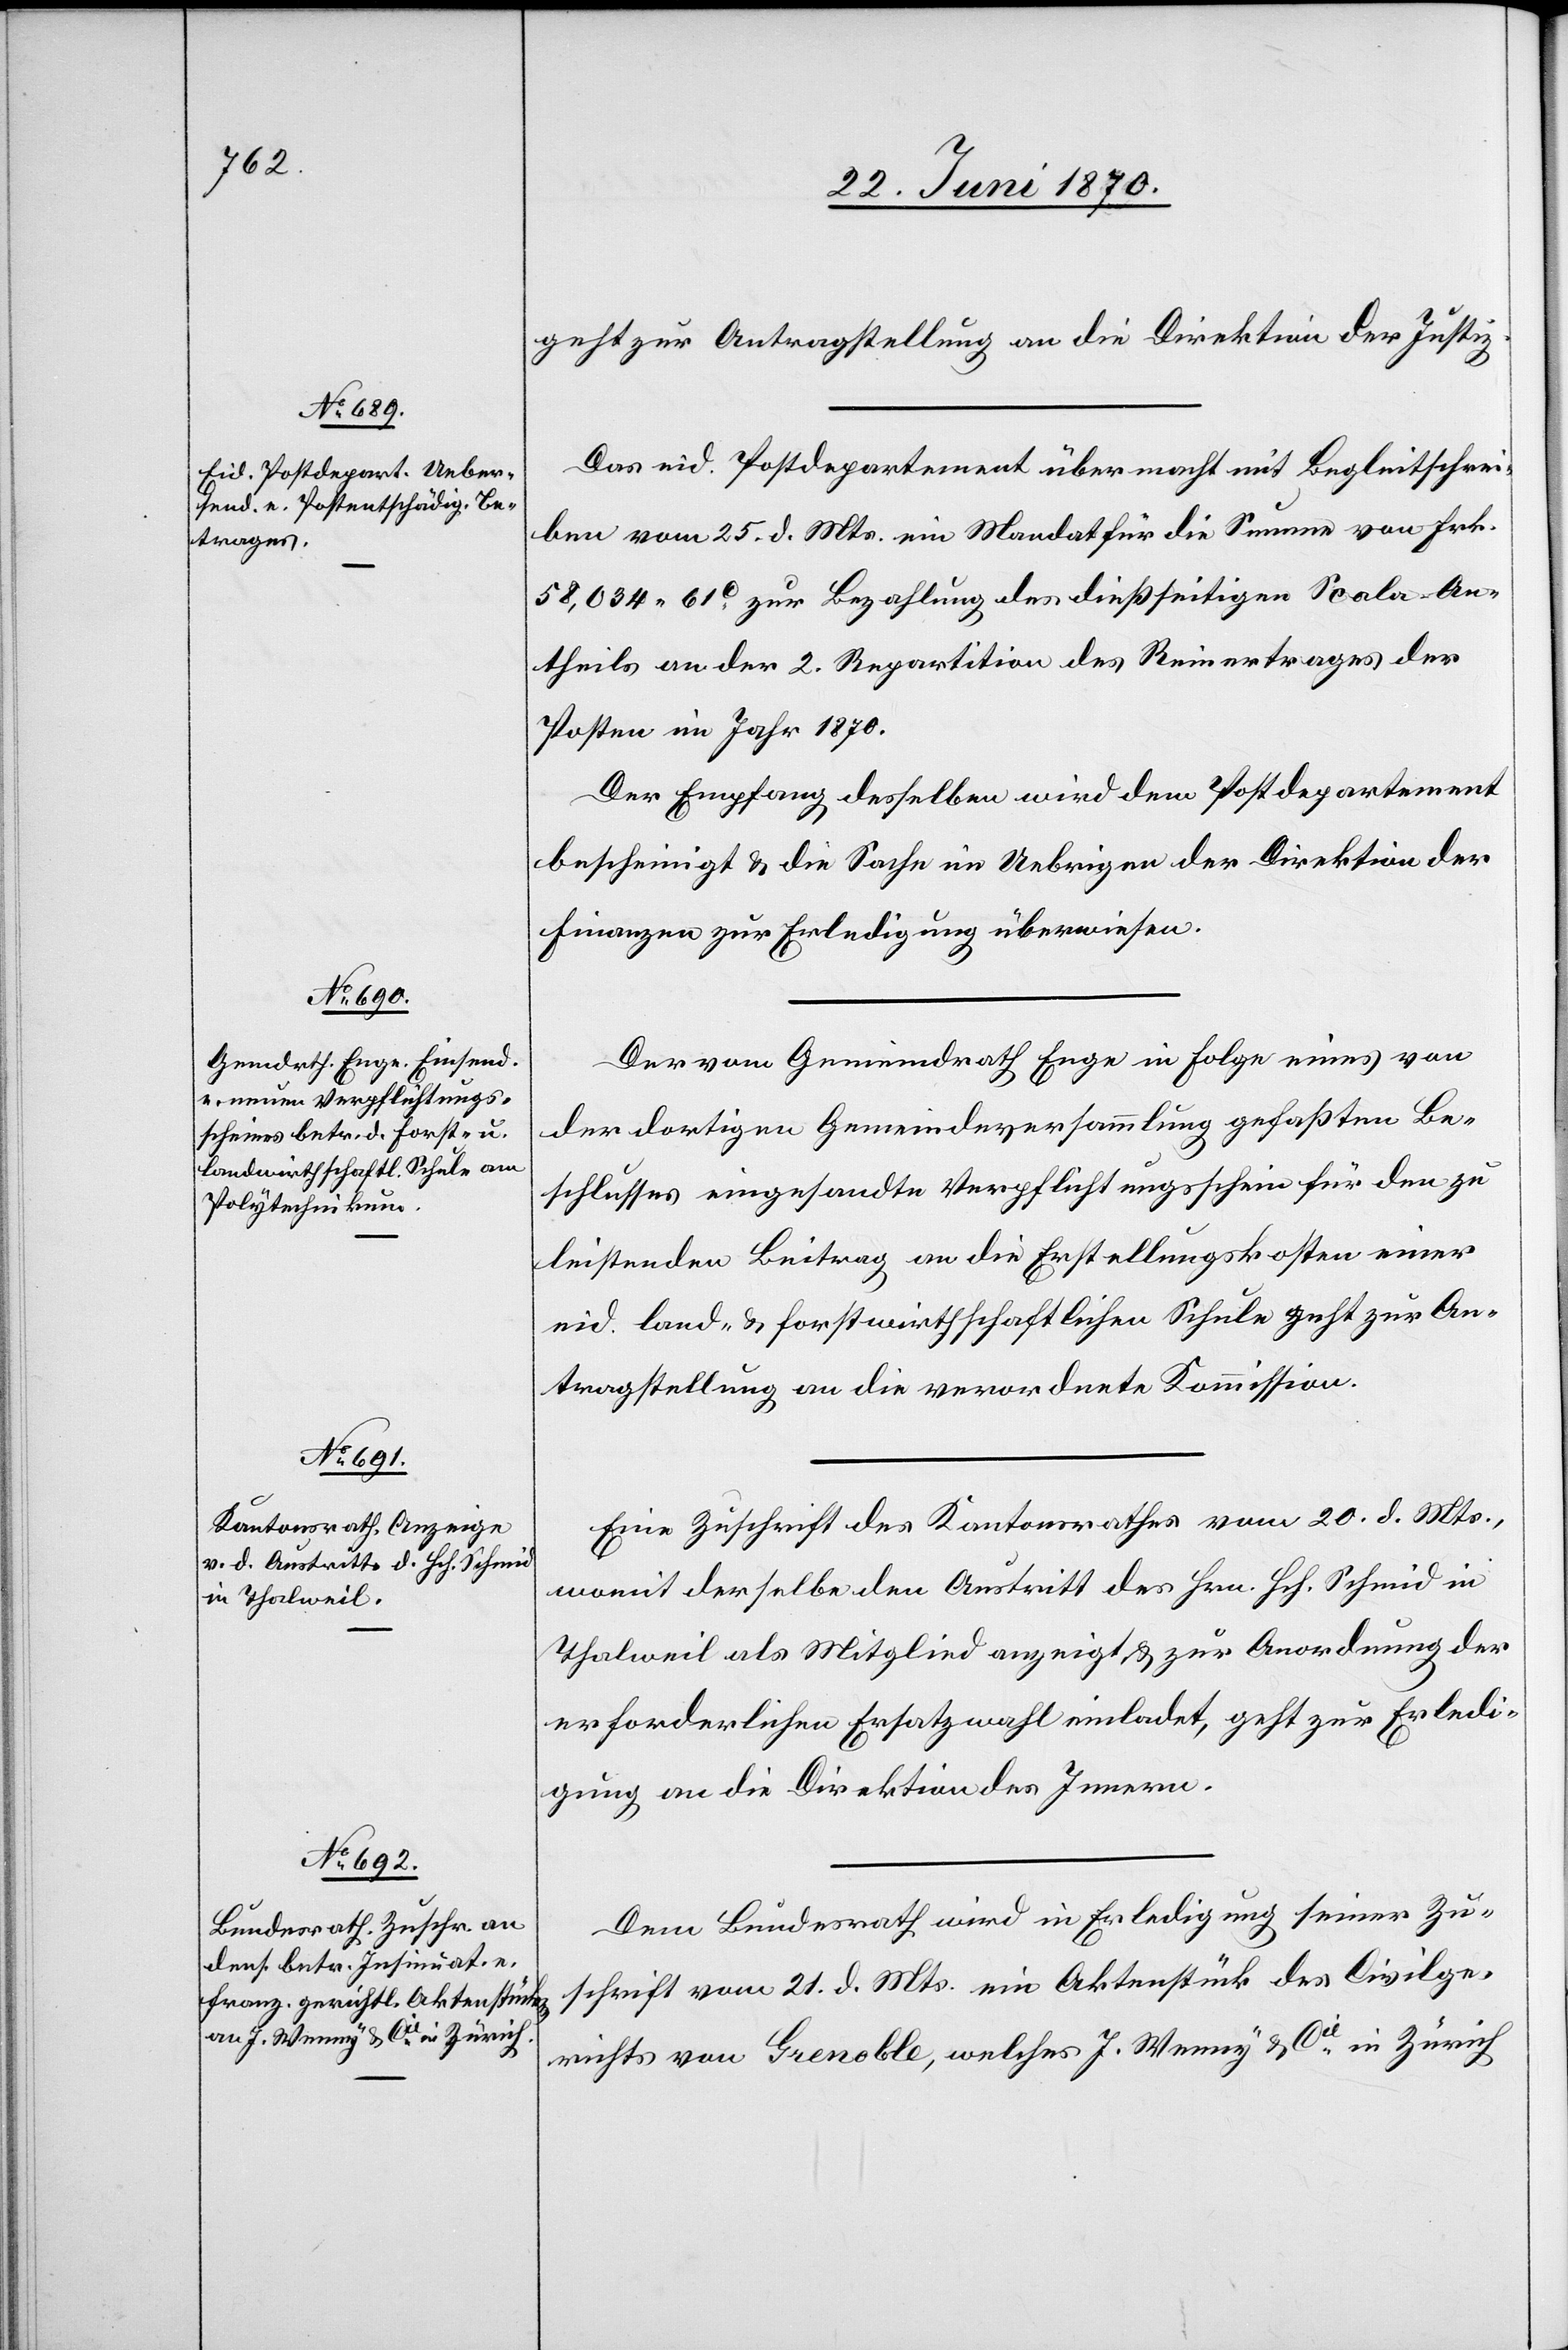
27. Juni 1870.]
geht zur Antragstellung an die Direktion der Justiz.
Das eid. Postdepartement übermacht mit Begleitschrei¬
ben vom 25. d. Mts. ein Mandat für die Summe von Frk.
58,034. 61c zur Bezahlung des dießseitigen Scola-An¬
theils an der 2. Repartition des Reinertrages der
Posten im Jahr 1870.
Der Empfang desselben wird dem Postdepartement
bescheinigt & die Sache im Uebrigen der Direktion der
Finanzen zur Erledigung überwiesen.
Der vom Gemeindrath Enge in Folge eines von
der dortigen Gemeindeversammlung gefaßten Be¬
schlusses eingesandte Verpflichtungsschein für den zu
leistenden Beitrag an die Erstellungskosten einer
eid. land- & forstwirthschaftlichen Schule geht zur An¬
tragstellung an die verordnete Kommission.
Eine Zuschrift des Kantonsrathes vom 20. d. Mts.,
womit derselbe den Austritt des Hrn. Hch. Schmid in
Thalweil als Mitglied anzeigt, & zur Anordnung der
erforderlichen Ersatzwahl einladet, geht zur Erledi¬
gung an die Direktion des Innern.
Dem Bundesrath wird in Erledigung seiner Zu¬
schrift vom 21. d. Mts. ein Aktenstück des Civilge¬
richts von Grenoble, welches J. Wenny & Cie in Zürich